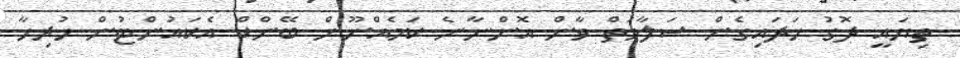
ތިޔައީ ދޮގު ހަދައިގެން ސަލާމަތް ވާން އޮންނާނެ ކަމެއްނޫން ބޭންކް އެކައުންޓުން ހުރިހާ